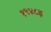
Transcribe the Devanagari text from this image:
१९४८इ